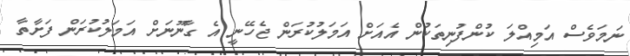
ނަމަވެސް އަމިއްލަ ކުންފުނިތަކުން އެއަށް އަމަލުކުރަން ޖެހޭނީ އެ ގާނޫނަށް އަމަލުކުރަން ފަށާތާ